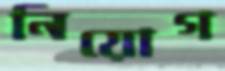
নিয়োগ